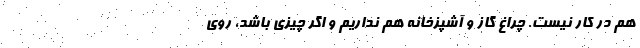
هم در کار نیست. چراغ گاز و آشپزخانه هم نداریم و اگر چیزی باشد، روی